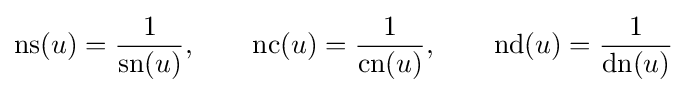
\operatorname {ns} (u)={\frac {1}{\operatorname {sn} (u)}},\qquad \operatorname {nc} (u)={\frac {1}{\operatorname {cn} (u)}},\qquad \operatorname {nd} (u)={\frac {1}{\operatorname {dn} (u)}}